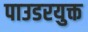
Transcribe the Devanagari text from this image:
पाउडरयुक्त